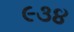
૯૩૪